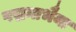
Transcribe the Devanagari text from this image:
पद्मनाभैया